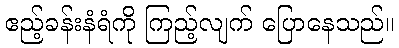
ဧည့်ခန်းနံရံကို ကြည့်လျက် ပြောနေသည်။